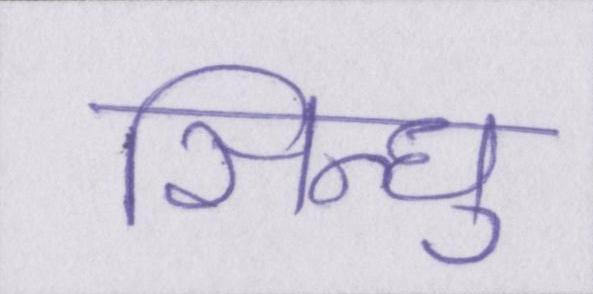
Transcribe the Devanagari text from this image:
सिन्धु